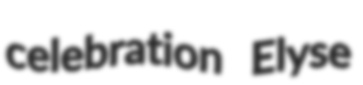
celebration Elyse